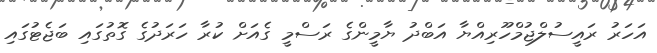
އަހަރު ރައީސުލްޖުމްހޫރިއްޔާ އަބްދު ޔާމީންގެ ރަސްމީ ގެއަށް ކުރާ ހަރަދުގެ ގޮތުގައި ބަޖެޓުގައި